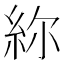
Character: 𥿜